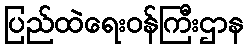
ပြည်ထဲရေးဝန်ကြီးဌာန